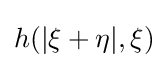
h(|{\bf {\xi }}+{\bf {\eta }}|,{\bf {\xi }})